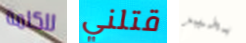
للكلمة قتلني بخير